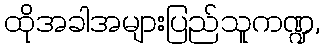
ထိုအခါအများပြည်သူကဏ္ဍ,